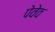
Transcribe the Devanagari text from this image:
पेवेव